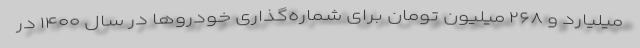
میلیارد و ۲۶۸ میلیون تومان برای شماره‌گذاری خودروها در سال ۱۴۰۰ در